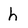
Character: h